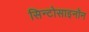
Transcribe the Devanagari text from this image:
सिन्टोसाइनॉन